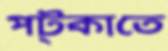
পট্‌কাতে